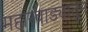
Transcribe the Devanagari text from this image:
महारवाड्यातून